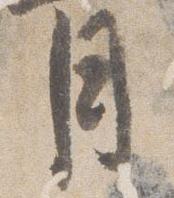
月